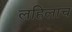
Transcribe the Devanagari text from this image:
लहिलाच